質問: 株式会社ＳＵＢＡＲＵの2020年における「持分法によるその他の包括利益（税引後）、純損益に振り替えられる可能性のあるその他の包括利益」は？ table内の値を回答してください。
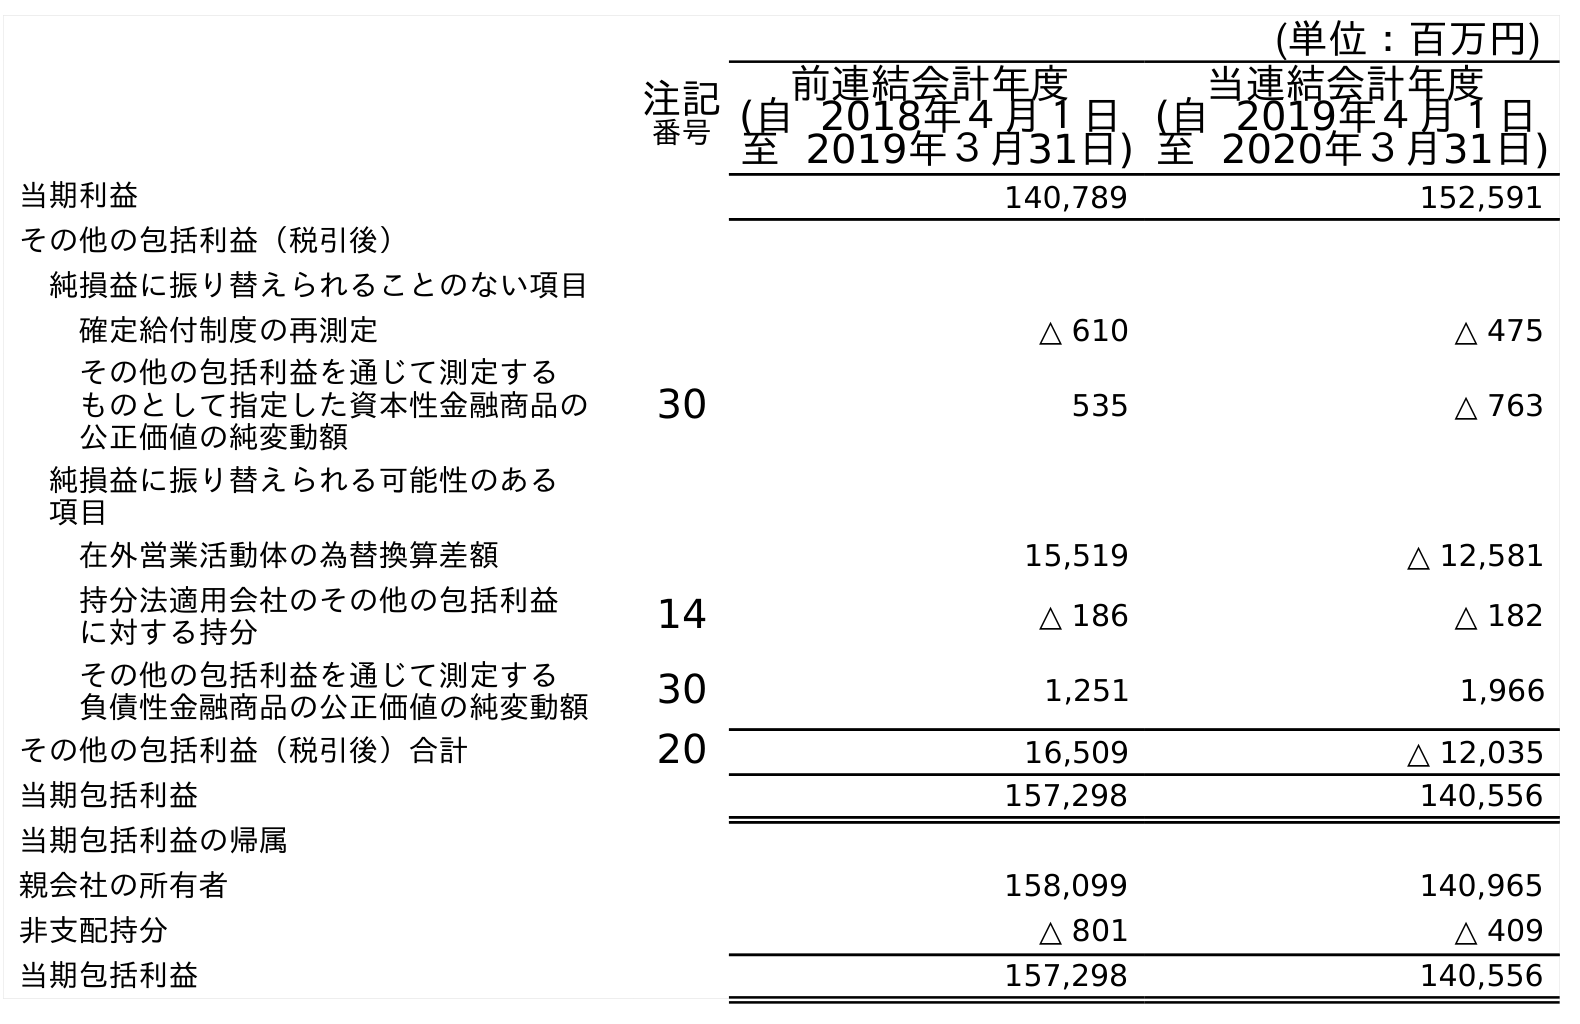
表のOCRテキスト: (単位：百万円) 注記 番号 前連結会計年度 (自 2018年４月１日 至 2019年３月31日) 当連結会計年度 (自 2019年４月１日 至 2020年３月31日) 当期利益 140,789 152,591 その他の包括利益（税引後） 純損益に振り替えられることのない項目 確定給付制度の再測定 △ 610 △ 475 その他の包括利益を通じて測定する ものとして指定した資本性金融商品の 公正価値の純変動額 30 535 △ 763 純損益に振り替えられる可能性のある 項目 在外営業活動体の為替換算差額 15,519 △ 12,581 持分法適用会社のその他の包括利益 に対する持分 14 △ 186 △ 182 その他の包括利益を通じて測定する 負債性金融商品の公正価値の純変動額 30 1,251 1,966 その他の包括利益（税引後）合計 20 16,509 △ 12,035 当期包括利益 157,298 140,556 当期包括利益の帰属 親会社の所有者 158,099 140,965 非支配持分 △ 801 △ 409 当期包括利益 157,298 140,556
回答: △182